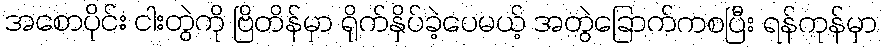
အစောပိုင်း ငါးတွဲကို ဗြိတိန်မှာ ရိုက်နှိပ်ခဲ့ပေမယ့် အတွဲခြောက်ကစပြီး ရန်ကုန်မှာ